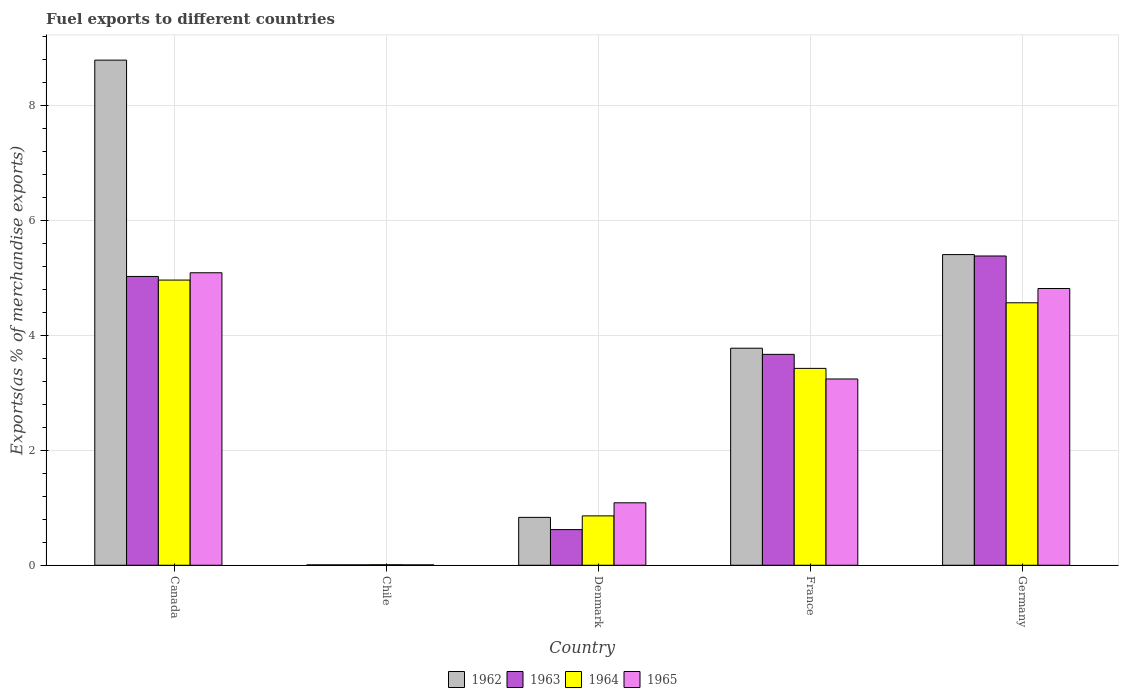
| Country | 1962 | 1963 | 1964 | 1965 |
 | --- | --- | --- | --- | --- |
 | Canada | 8.79 | 5.02 | 4.96 | 5.09 |
 | Chile | 0.00701 | 0.00708 | 0.00893 | 0.00676 |
 | Denmark | 0.833 | 0.62 | 0.859 | 1.09 |
 | France | 3.78 | 3.67 | 3.43 | 3.24 |
 | Germany | 5.4 | 5.38 | 4.57 | 4.81 |